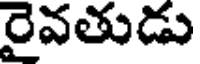
రైవతుడు